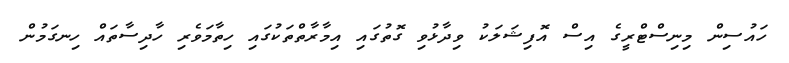
ހައުސިން މިނިސްޓްރީގެ އިސް އޮފިޝަލަކު ވިދާޅުވި ގޮތުގައި އިމާރާތްތަކުގައި ހިތާމަވެރި ހާދިސާތައް ހިނގަމުން